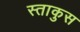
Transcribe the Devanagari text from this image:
स्ताकुस